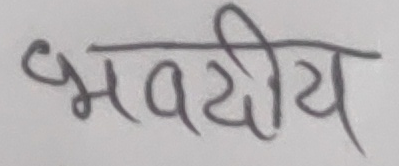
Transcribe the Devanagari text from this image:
भवदीय